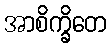
အာစိက္ခိတေ